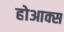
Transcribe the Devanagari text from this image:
होआक्स